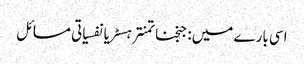
اسی بارے میں: جنجناتمنترہسٹریانفسیاتی مسائل